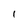
Character: l